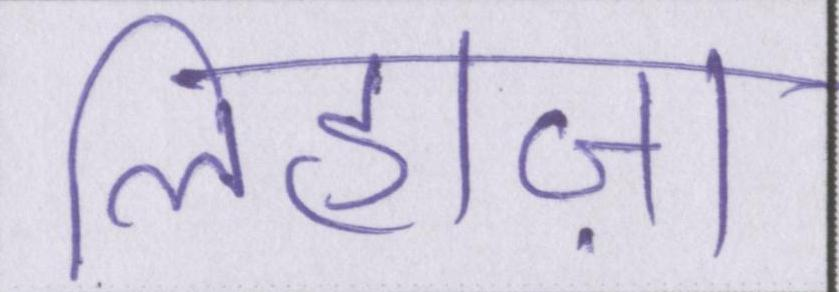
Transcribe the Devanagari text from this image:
लिहाज़ा